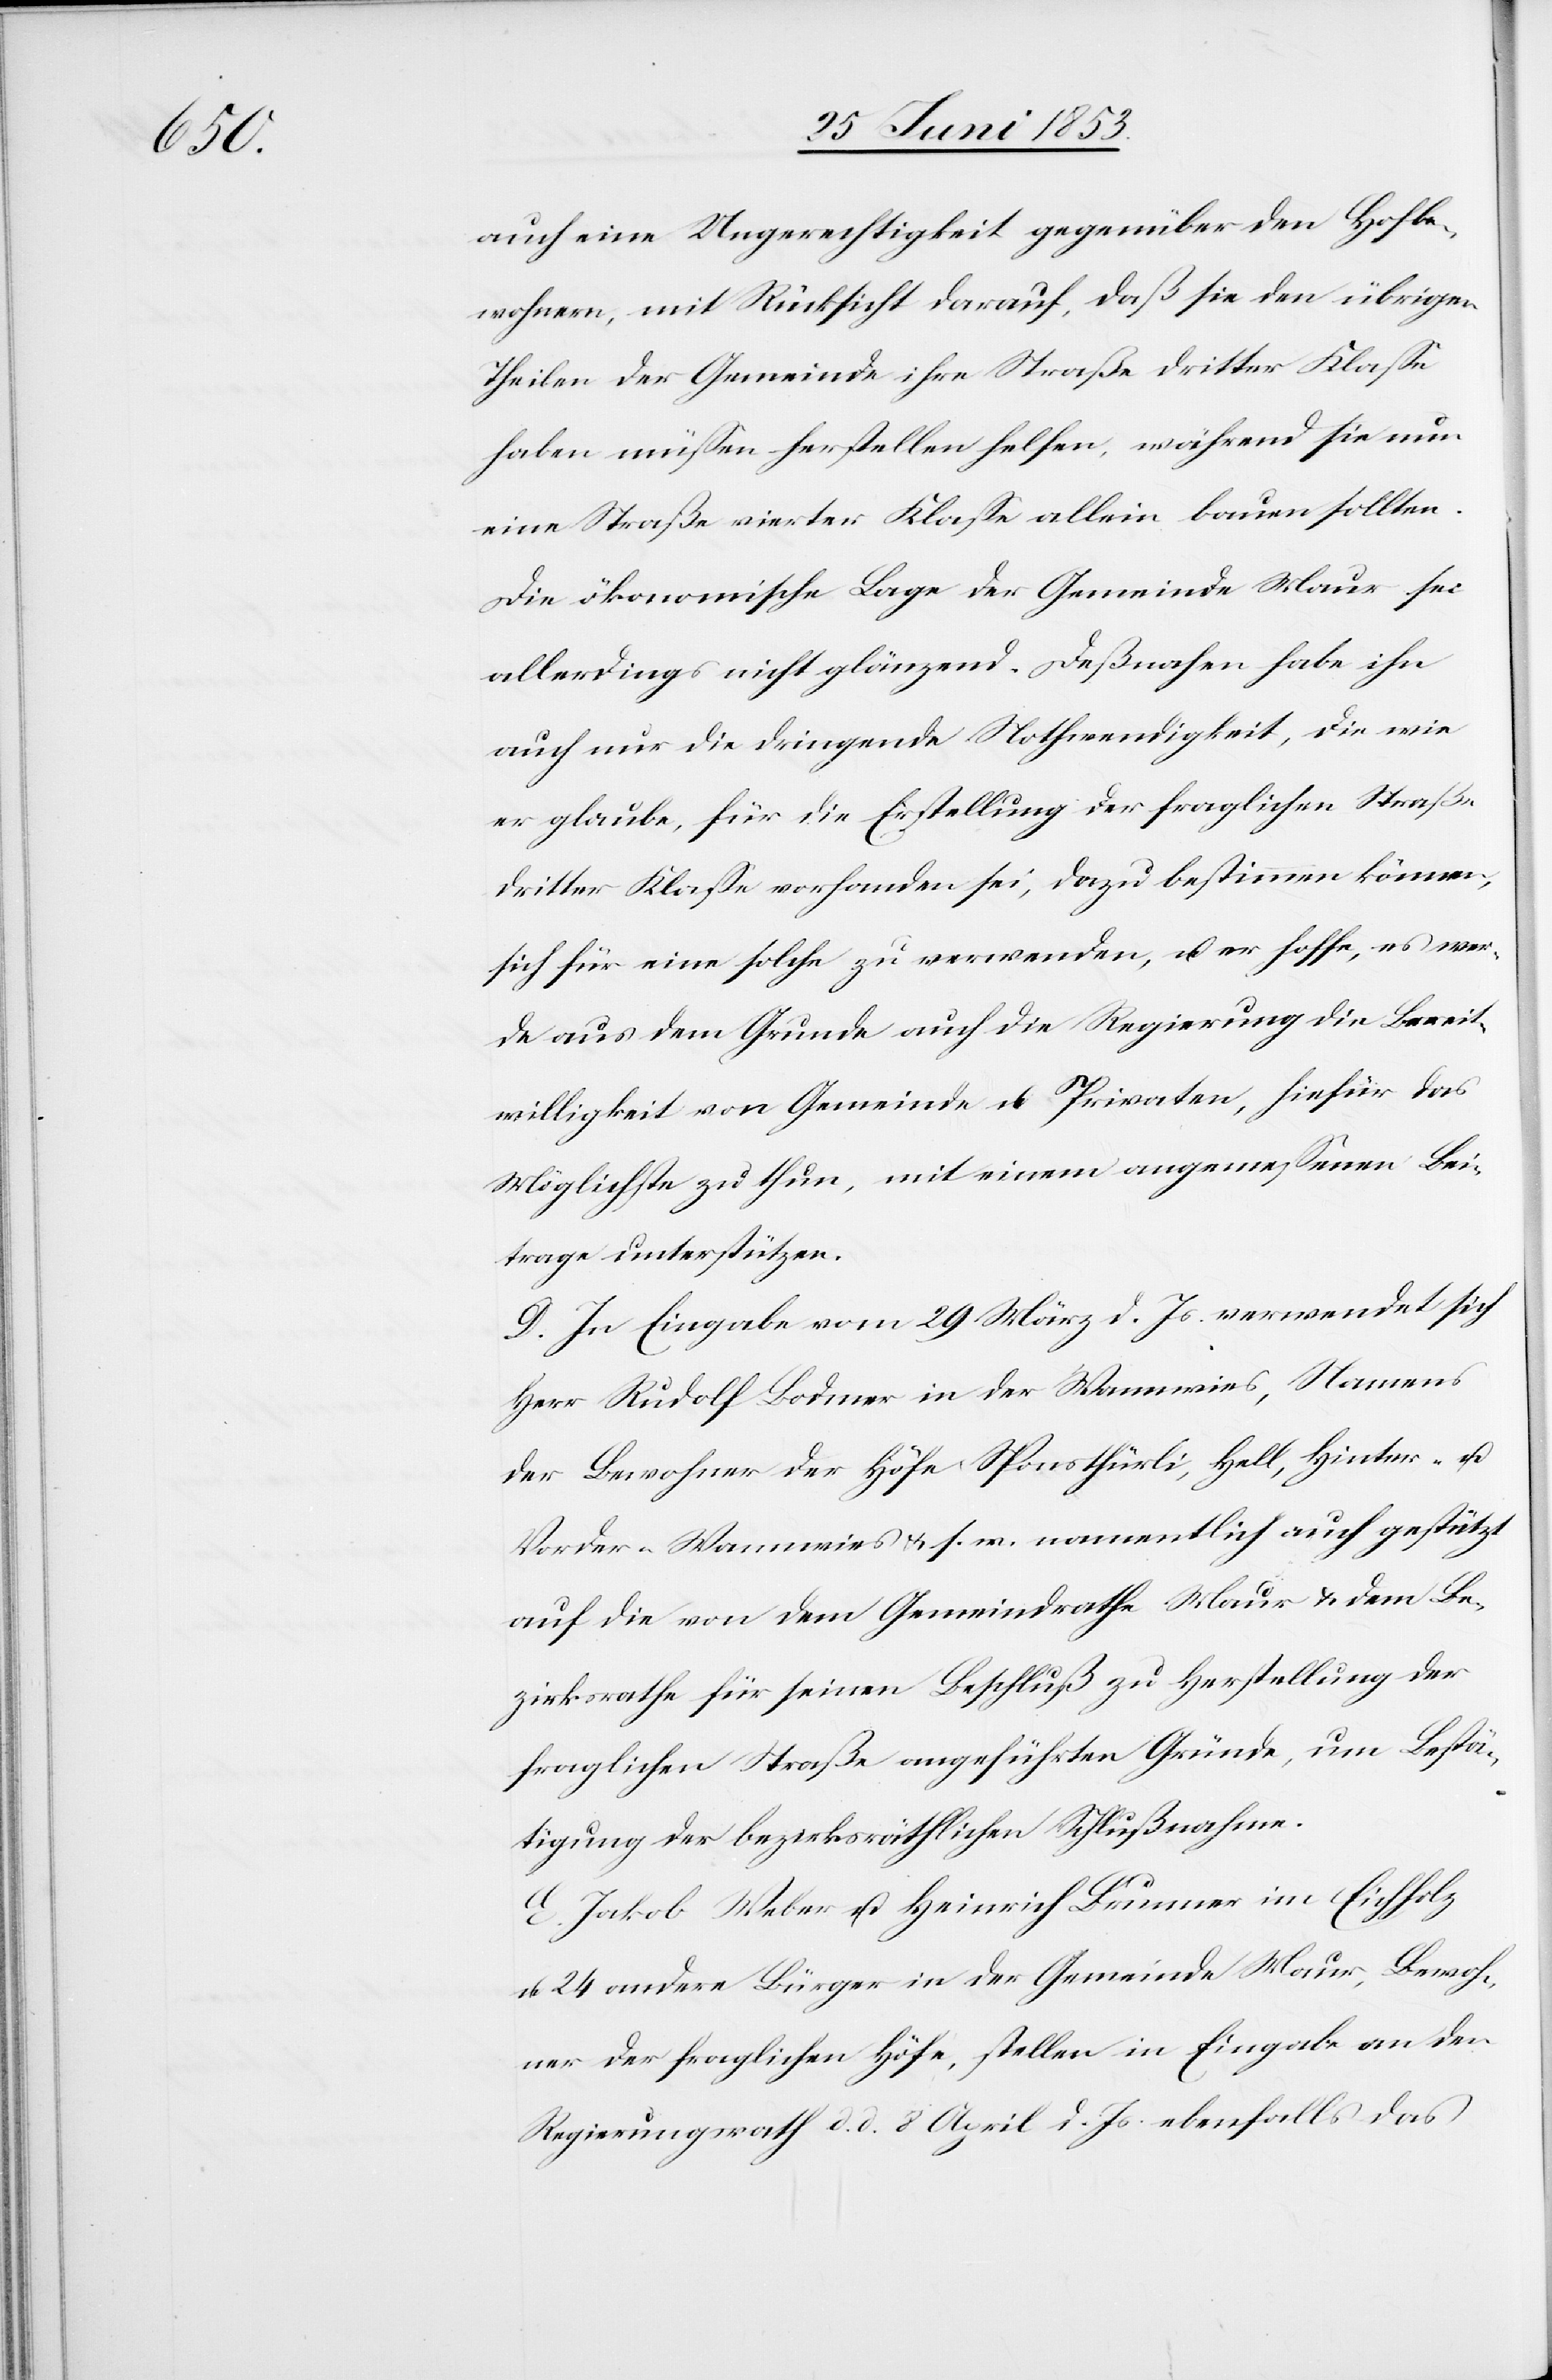
auch eine Ungerechtigkeit gegenüber den Hofbe¬
wohnern, mit Rücksicht darauf, daß sie den übrigen
Theilen der Gemeinde ihre Straße dritter Klaße
haben müßen herstellen helfen, während sie nun
eine Straße vierter Klaße allein bauen sollten.
Die ökonomische Lage der Gemeinde Maur sei
allerdings nicht glänzend. Deßnahen habe ihn
auch nur die dringende Nothwendigkeit, die wie
er glaube, für die Erstellung der fraglichen Straße
dritter Klaße vorhanden sei, dazu bestimmen können,
sich für eine solche zu verwenden, u. er hoffe, es wer¬
de aus dem Grunde auch die Regierung die Bereit¬
willigkeit von Gemeinde u. Privaten, hiefür das
Möglichste zu thun, mit einem angemeßenen Bei¬
trage unterstützen.
D. In Eingabe vom 29 März d. Js. verwendet sich
Herr Rudolf Bodmer in der Wannwies, Namens
der Bewohner der Höfe Sponsthürli, Hell, Hinter- u.
Vorder-Wannwies u. s. w. namentlich auch gestützt
auf die von dem Gemeindrathe Maur u. dem Be¬
zirksrathe für seinen Beschluß zu Herstellung der
fraglichen Straße angeführten Gründe, um Bestä¬
tigung der bezirksräthlichen Schlußnahme.
E. Jakob Weber u. Heinrich Brunner im Eichholz
u. 24 andere Bürger in der Gemeinde Maur, Bewoh¬
ner der fraglichen Höfe, stellen in Eingabe an den
Regierungsrath d. d. 8 April d. Js. ebenfalls das